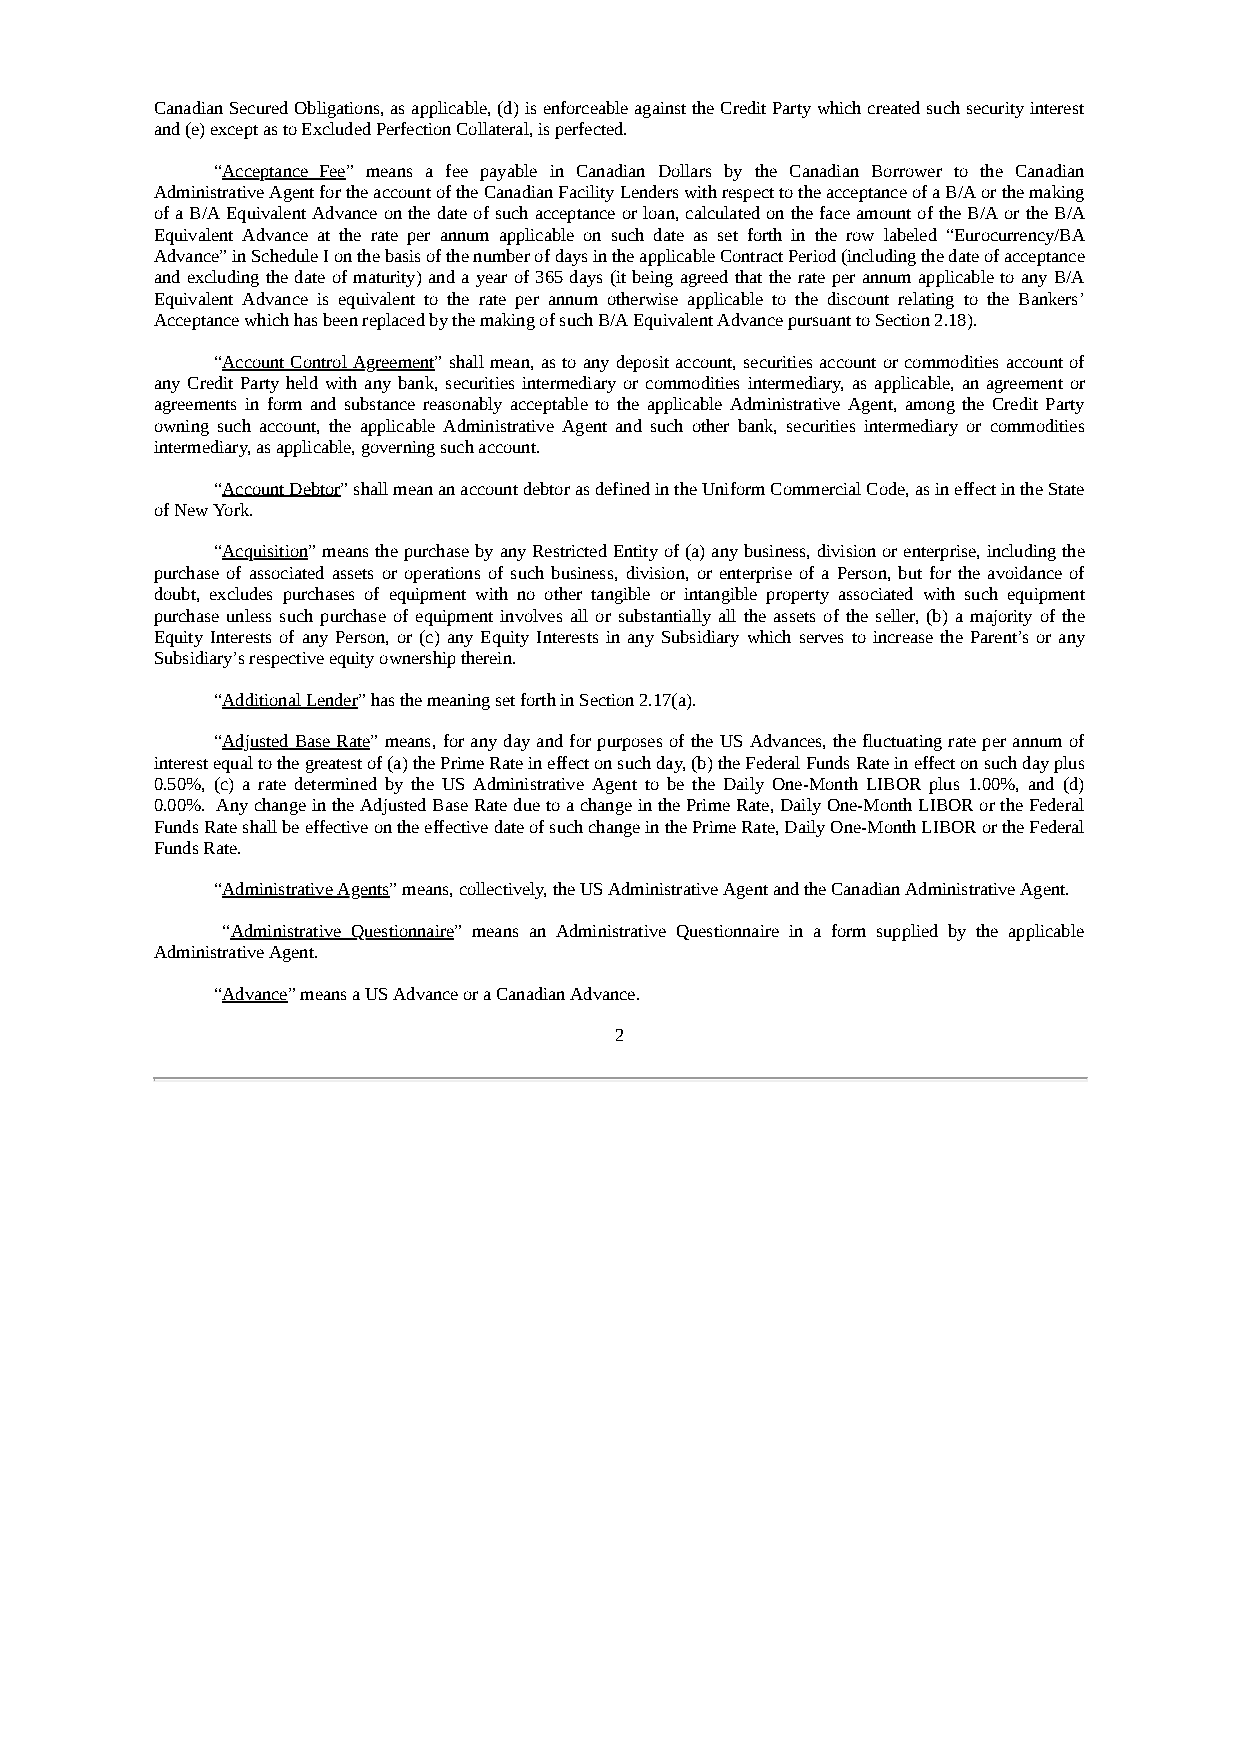
Canadian Secured Obligations, as applicable, (d) is enforceable against the Credit Party which created such security interest
 and (e) except as to Excluded Perfection Collateral, is perfected.
 “Acceptance Fee” means a fee payable in Canadian Dollars by the Canadian Borrower to the Canadian
 Administrative Agent for the account of the Canadian Facility Lenders with respect to the acceptance of a B/A or the making
 of a B/A Equivalent Advance on the date of such acceptance or loan, calculated on the face amount of the B/A or the B/A
 Equivalent Advance at the rate per annum applicable on such date as set forth in the row labeled “Eurocurrency/BA
 Advance” in Schedule I on the basis of the number of days in the applicable Contract Period (including the date of acceptance
 and excluding the date of maturity) and a year of 365 days (it being agreed that the rate per annum applicable to any B/A
 Equivalent Advance is equivalent to the rate per annum otherwise applicable to the discount relating to the Bankers’
 Acceptance which has been replaced by the making of such B/A Equivalent Advance pursuant to Section 2.18).
 “Account Control Agreement” shall mean, as to any deposit account, securities account or commodities account of
 any Credit Party held with any bank, securities intermediary or commodities intermediary, as applicable, an agreement or
 agreements in form and substance reasonably acceptable to the applicable Administrative Agent, among the Credit Party
 owning such account, the applicable Administrative Agent and such other bank, securities intermediary or commodities
 intermediary, as applicable, governing such account.
 “Account Debtor” shall mean an account debtor as defined in the Uniform Commercial Code, as in effect in the State
 of New York.
 “Acquisition” means the purchase by any Restricted Entity of (a) any business, division or enterprise, including the
 purchase of associated assets or operations of such business, division, or enterprise of a Person, but for the avoidance of
 doubt, excludes purchases of equipment with no other tangible or intangible property associated with such equipment
 purchase unless such purchase of equipment involves all or substantially all the assets of the seller, (b) a majority of the
 Equity Interests of any Person, or (c) any Equity Interests in any Subsidiary which serves to increase the Parent’s or any
 Subsidiary’s respective equity ownership therein.
 “Additional Lender” has the meaning set forth in Section 2.17(a).
 “Adjusted Base Rate” means, for any day and for purposes of the US Advances, the fluctuating rate per annum of
 interest equal to the greatest of (a) the Prime Rate in effect on such day, (b) the Federal Funds Rate in effect on such day plus
 0.50%, (c) a rate determined by the US Administrative Agent to be the Daily One-Month LIBOR plus 1.00%, and (d)
 0.00%. Any change in the Adjusted Base Rate due to a change in the Prime Rate, Daily One-Month LIBOR or the Federal
 Funds Rate shall be effective on the effective date of such change in the Prime Rate, Daily One-Month LIBOR or the Federal
 Funds Rate.
 “Administrative Agents” means, collectively, the US Administrative Agent and the Canadian Administrative Agent.
 “Administrative Questionnaire” means an Administrative Questionnaire in a form supplied by the applicable
 Administrative Agent.
 “Advance” means a US Advance or a Canadian Advance.
 2